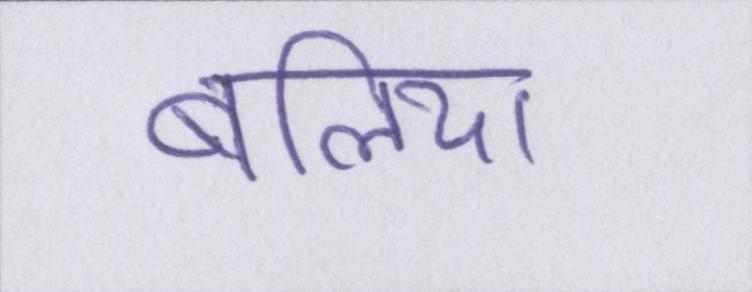
बलिया